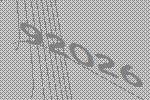
92026